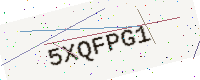
Text: 5XQFPG1